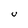
Character: U